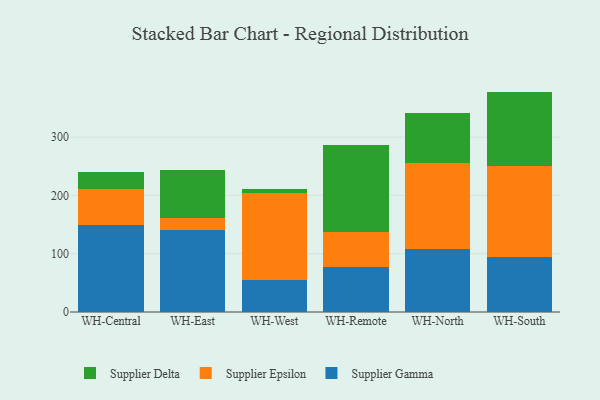
{"axis": {"x": "Warehouse", "y": "Inventory Turnover"}, "legend": ["Supplier Delta", "Supplier Epsilon", "Supplier Gamma"], "data": [{"x": "WH-Central", "y": 148.7, "type": "Supplier Gamma"}, {"x": "WH-Central", "y": 62.6, "type": "Supplier Epsilon"}, {"x": "WH-Central", "y": 29.1, "type": "Supplier Delta"}, {"x": "WH-East", "y": 140.1, "type": "Supplier Gamma"}, {"x": "WH-East", "y": 21.6, "type": "Supplier Epsilon"}, {"x": "WH-East", "y": 81.7, "type": "Supplier Delta"}, {"x": "WH-West", "y": 55.3, "type": "Supplier Gamma"}, {"x": "WH-West", "y": 149.0, "type": "Supplier Epsilon"}, {"x": "WH-West", "y": 7.3, "type": "Supplier Delta"}, {"x": "WH-Remote", "y": 76.7, "type": "Supplier Gamma"}, {"x": "WH-Remote", "y": 59.8, "type": "Supplier Epsilon"}, {"x": "WH-Remote", "y": 150.7, "type": "Supplier Delta"}, {"x": "WH-North", "y": 108.3, "type": "Supplier Gamma"}, {"x": "WH-North", "y": 147.1, "type": "Supplier Epsilon"}, {"x": "WH-North", "y": 86.0, "type": "Supplier Delta"}, {"x": "WH-South", "y": 95.1, "type": "Supplier Gamma"}, {"x": "WH-South", "y": 155.7, "type": "Supplier Epsilon"}, {"x": "WH-South", "y": 127.4, "type": "Supplier Delta"}]}